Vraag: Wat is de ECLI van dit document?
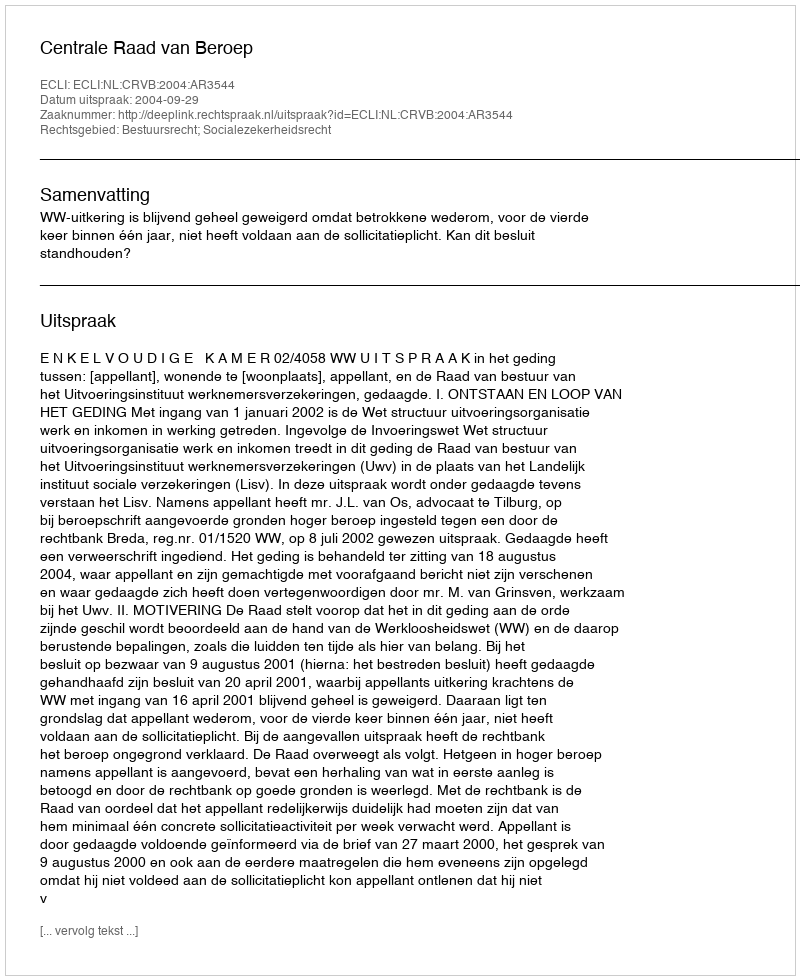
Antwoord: ECLI:NL:CRVB:2004:AR3544